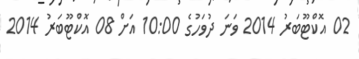
02 އޮކްޓޫބަރު 2014 ވަނަ ދުވަހުގެ 10:00 އަށް 08 އޮކްޓޫބަރު 2014